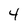
Character: 4